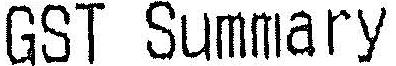
GST SUMMARY